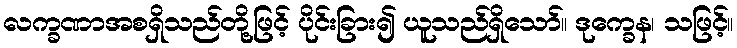
လက္ခဏာအစရှိသည်တို့ဖြင့် ပိုင်းခြား၍ ယူသည်ရှိသော်။ ဒုက္ခေန၊ သဖြင့်။